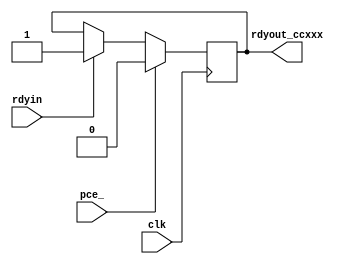
// Description  : Stretch cpu ready signals for cpu interface
////////////////////////////////////////////////////////////////////////////////

module rdygen_cc
    (
     clk,
     pce_,
     rdyin,
     rdyout_ccxxx
     );

////////////////////////////////////////////////////////////////////////////////
// Port declarations

input   clk;
input   pce_;
input   rdyin;
output  rdyout_ccxxx;

wire        cerst;
assign      cerst = pce_;

reg     rdyout_ccxxx = 1'b0 /* synthesis preserve */;   // set multicycle from this signal
always @ (posedge clk)
    begin
    if (cerst)    rdyout_ccxxx <= 1'b0;
    else
        case (rdyin)
            1'b1:       rdyout_ccxxx <= rdyin;
            default:    rdyout_ccxxx <= rdyout_ccxxx;
        endcase
    end

endmodule